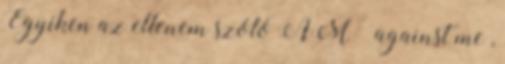
Egyiken az ellenem szóló AM – against me ,